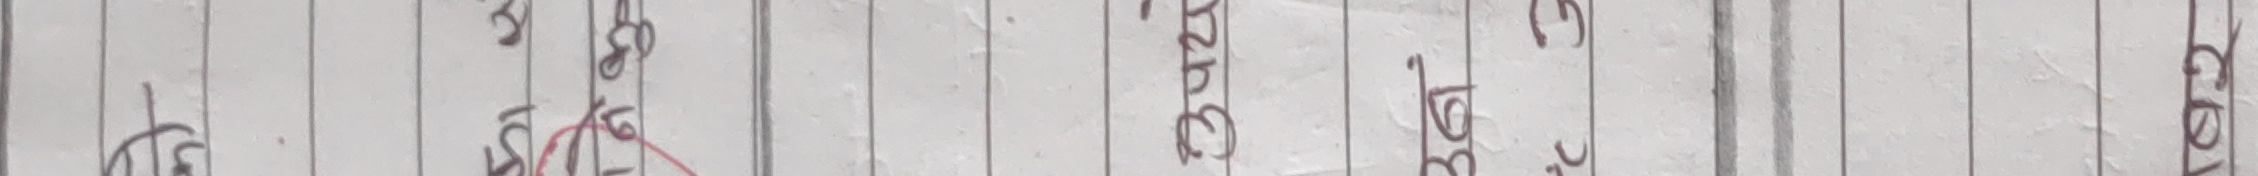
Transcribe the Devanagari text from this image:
प्र खु म १ प्र प ३ द प २ व ३ य १ स प स